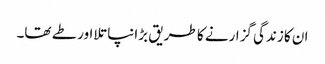
ان کا زندگی گزارنے کا طریق بڑا نپاتلا اور طے تھا۔